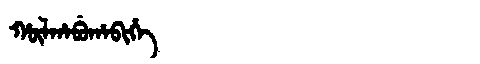
Manchu: ᡥᡡᠯᡥᠠᠪᡠᡥᠠᠪᡳᡥᡝ
Romanization: HŪLHABUHABIHE